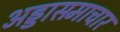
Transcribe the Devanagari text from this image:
अड्डासमाचार